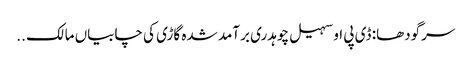
سرگودھا: ڈی پی او سہیل چوہدری برآمد شدہ گاڑی کی چابیاں مالک ..